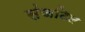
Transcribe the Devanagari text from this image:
संजटिल